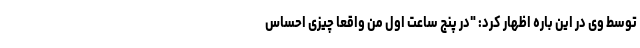
توسط وی در این باره اظهار کرد: "در پنج ساعت اول من واقعاً چیزی احساس